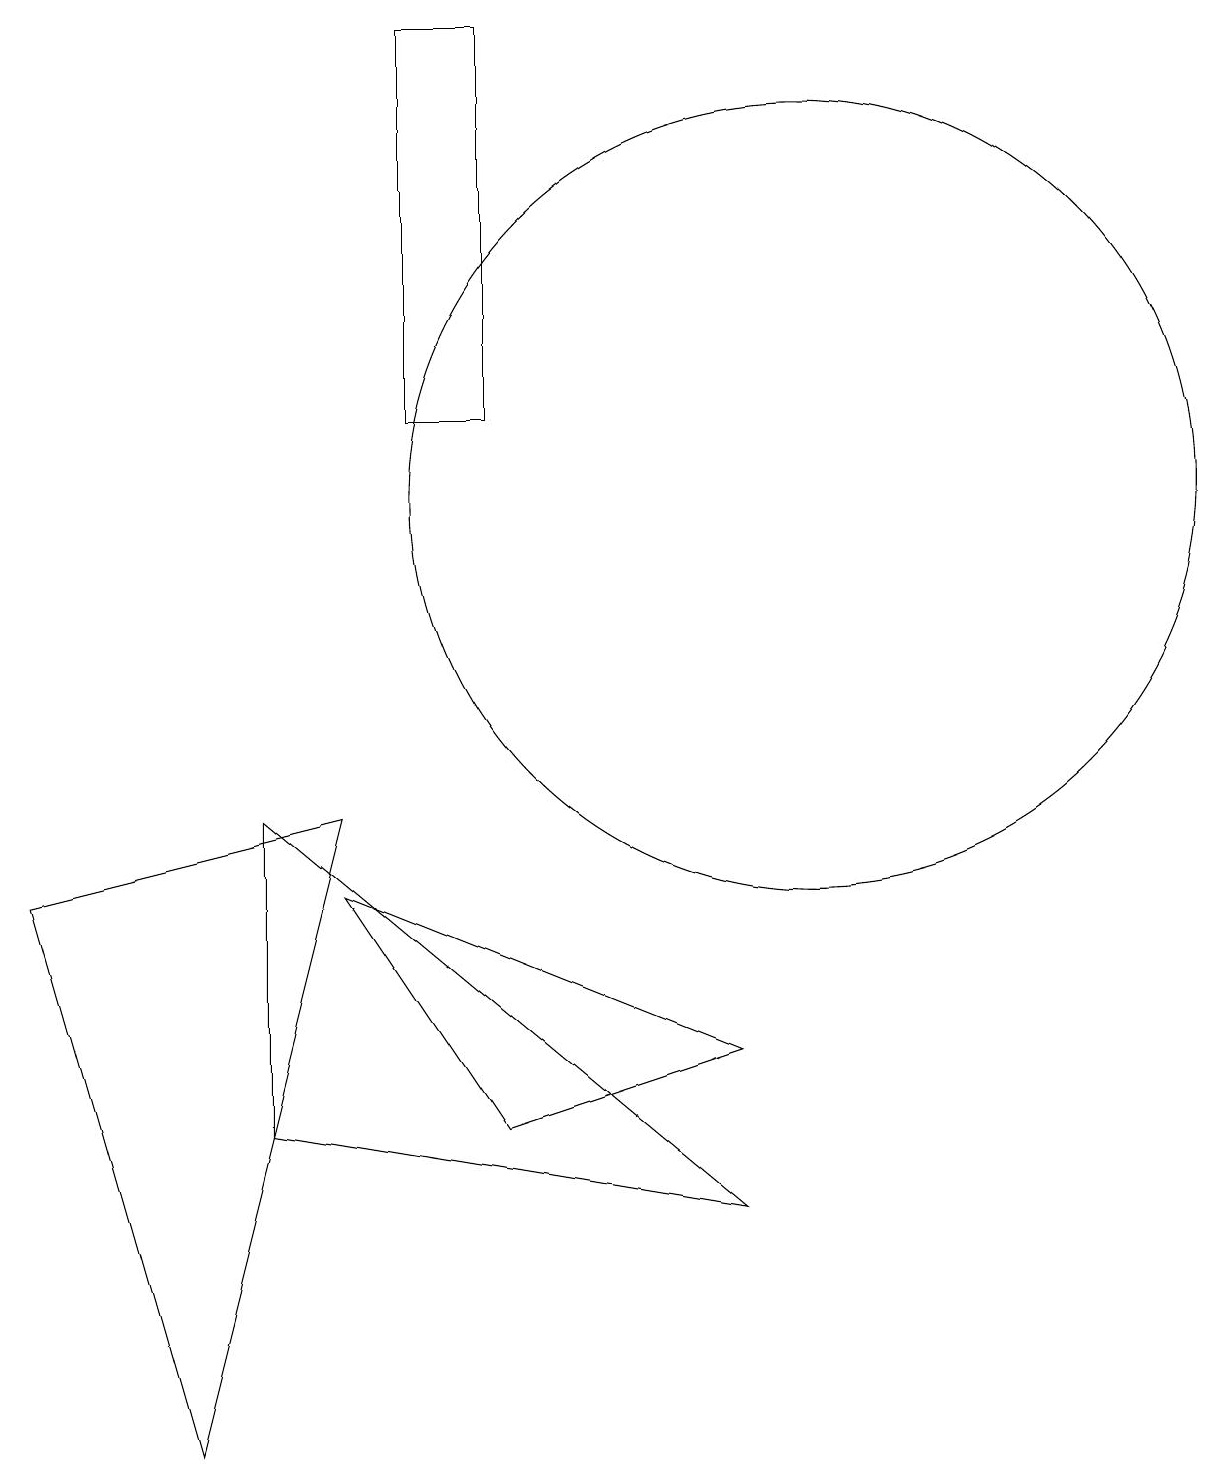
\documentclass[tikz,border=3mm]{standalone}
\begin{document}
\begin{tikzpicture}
\draw (6,4) -- (4,7) -- (9,5) -- cycle;
\draw (4,8) -- (2,0) -- (0,7) -- cycle;
\draw (9,3) -- (3,8) -- (3,4) -- cycle;
\draw (10,12) circle (5);
\draw (6,18) rectangle (5,13);
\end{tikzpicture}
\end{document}